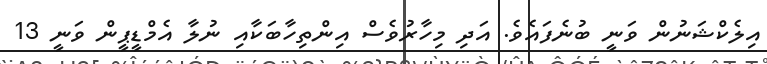
އިލެކްޝަނުން ވަނީ ބުނެފައެވެ. އަދި މިހާރުވެސް އިންތިހާބަކާއި ނުލާ އެމްޑީޕީން ވަނީ 13